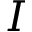
I